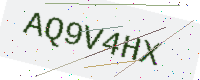
Text: AQ9V4HX